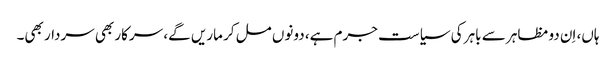
ہاں، اِن دو مظاہر سے باہر کی سیاست جرم ہے، دونوں مل کر ماریں گے، سرکار بھی سردار بھی۔